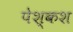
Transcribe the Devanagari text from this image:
पेश्कश